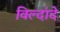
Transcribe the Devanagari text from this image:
विल्दांदे